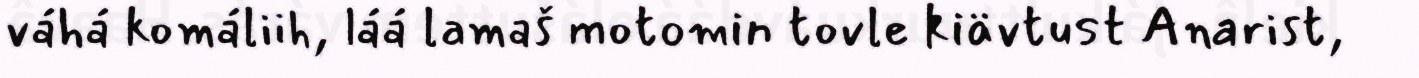
váhá komáliih, láá lamaš motomin tovle kiävtust Anarist,